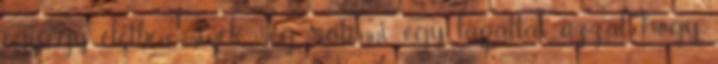
egy-egy életben, minek még rátenni egy lapáttal azzal, hogy